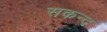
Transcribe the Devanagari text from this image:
सकन्द